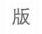
版